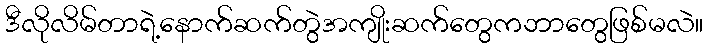
ဒီလိုလိမ်တာရဲ့နောက်ဆက်တွဲအကျိုးဆက်တွေကဘာတွေဖြစ်မလဲ။